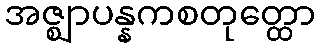
အဇ္ဈာပန္နကစတုတ္ထော